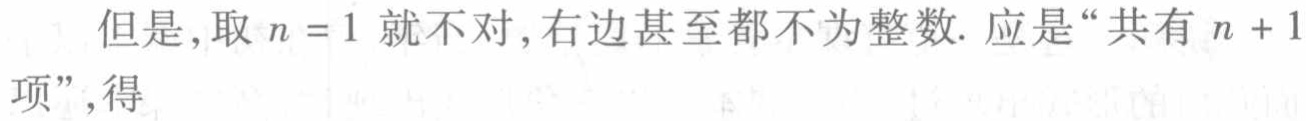
但是, 取 \(n = 1\) 就不对, 右边甚至都不为整数. 应是 “共有 \(n + 1\) 项”, 得